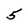
Character: 5